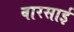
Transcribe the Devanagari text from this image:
वारसाई